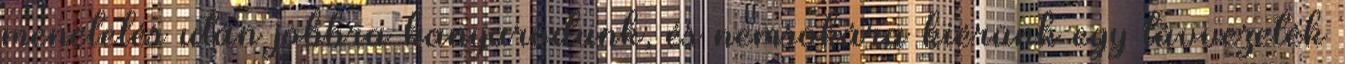
menetelés után jobbra kanyarodunk, és nemsokára kiérünk egy távvezeték